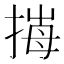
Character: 𢯈